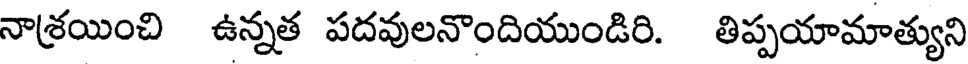
నాశ్రయించి ఉన్నత పదవులనొందియుండిరి. తిప్పయామాత్యుని